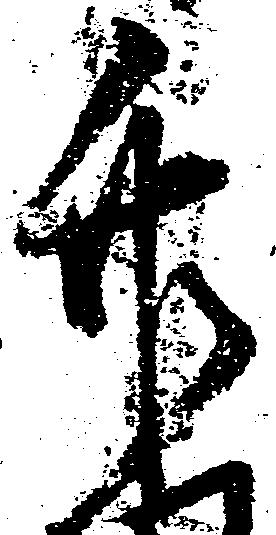
竹